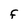
Character: F